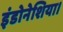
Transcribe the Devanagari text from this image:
इंडोनेशिया।